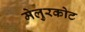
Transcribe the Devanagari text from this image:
मेलुरकोट